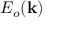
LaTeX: E _ { o } ( \mathbf { k } )